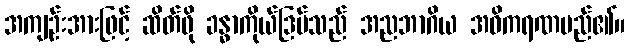
အကျဉ်းအားဖြင့် ဆိတ်ဖို ခန္ဓာကိုယ်ဒြပ်သည် အညဘာဂိယ အဓိကရဏမည်၏။